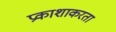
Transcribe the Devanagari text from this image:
प्रकाशाकरता